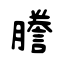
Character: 謄